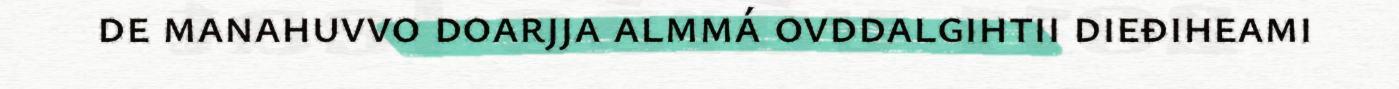
de manahuvvo doarjja almmá ovddalgihtii dieđiheami